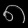
Digit: ၈